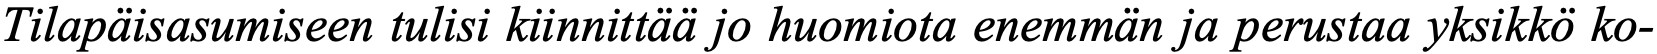
Tilapäisasumiseen tulisi kiinnittää jo huomiota enemmän ja perustaa yksikkö ko-